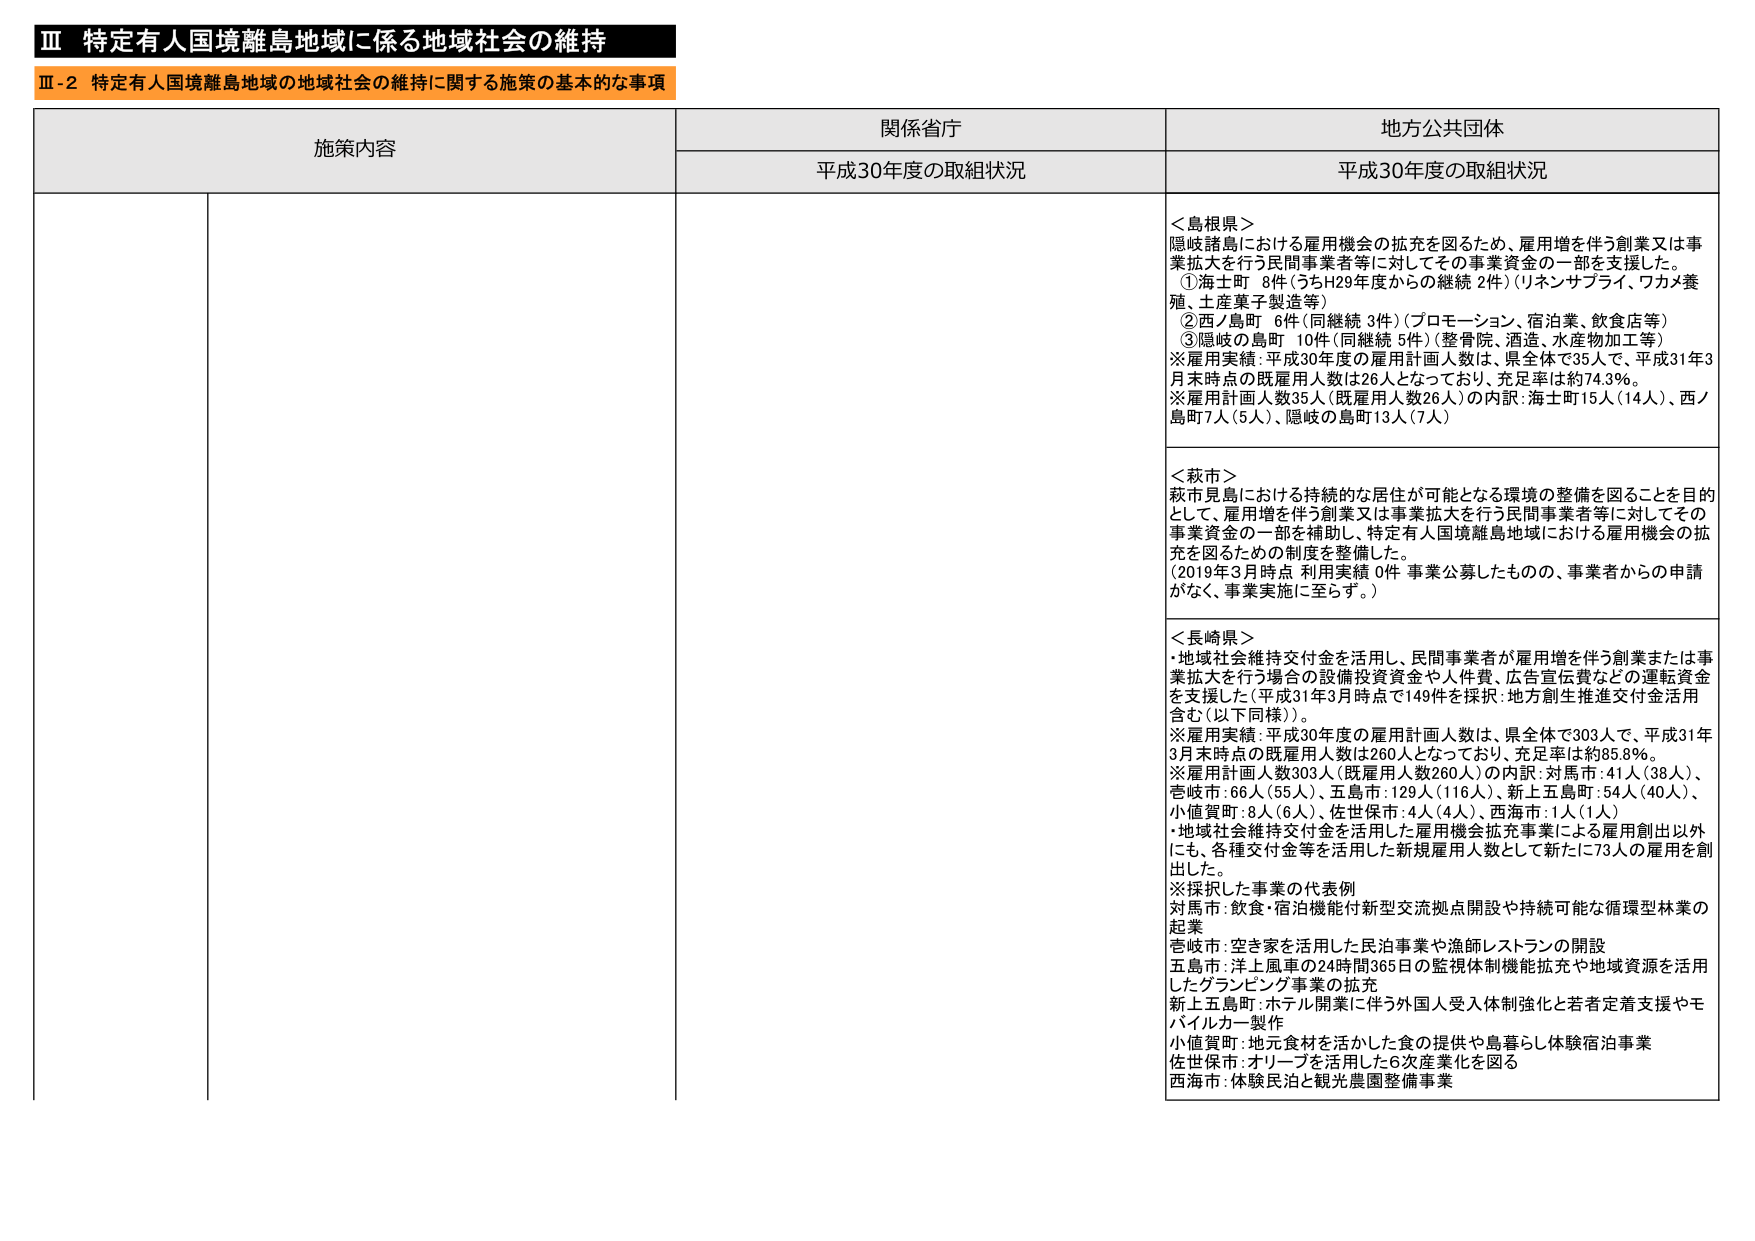
Ⅲ 特定有人国境離島地域に係る地域社会の維持
Ⅲ-2 特定有人国境離島地域の地域社会の維持に関する施策の基本的な事項

施策内容
関係省庁
地方公共団体

平成30年度の取組状況
平成30年度の取組状況

＜島根県＞
隠岐諸島における雇用機会の拡充を図るため、雇用増を伴う創業又は事業拡大を行う民間事業者等に対してその事業資金の一部を支援した。
①海士町 8件（うちH29年度からの継続2件）（リノンサプライ、ワカマ養殖、土産菓子製造等）
②西ノ島町 6件（同継続3件）（プロモーション、宿泊業、飲食店等）
③隠岐の島町 10件（同継続5件）（整骨院、酒造、水産物加工等）
※雇用実績：平成30年度の雇用計画人数は、県全体で35人で、平成31年3月末時点の既雇用人数は26人となっており、充足率は約74.3％。
※雇用計画人数35人（既雇用人数26人）の内訳：海士町15人（14人）、西ノ島町7人（5人）、隠岐の島町13人（7人）

＜萩市＞
萩市見島における持続的な居住が可能となる環境の整備を図ることを目的として、雇用増を伴う創業又は事業拡大を行う民間事業者等に対してその事業資金の一部を補助し、特定有人国境離島地域における雇用機会の拡充を図るための制度を整備した。
（2019年3月時点 利用実績0件 事業公募したもの、事業者からの申請がなく、事業実施に至らず。）

＜長崎県＞
・地域社会維持交付金を活用し、民間事業者が雇用増を伴う創業または事業拡大を行う場合の設備投資資金や人件費、広告宣伝費などの運転資金を支援した（平成31年3月時点で149件を採択：地方創生推進交付金活用含む（以下同様））。
※雇用実績：平成30年度の雇用計画人数は、県全体で303人で、平成31年3月末時点の既雇用人数は260人となっており、充足率は約85.8％。
※雇用計画人数303人（既雇用人数260人）の内訳：対馬市：41人（38人）、壱岐市：66人（55人）、五島市：129人（116人）、新上五島町：54人（40人）、小値賀町：8人（6人）、佐世保市：4人（4人）、西海市：1人（1人）
・地域社会維持交付金を活用した雇用機会拡充事業による雇用創出以外にも、各種交付金等を活用した新規雇用人数として新たに73人の雇用を創出した。
※採択した事業の代表例
対馬市：飲食・宿泊機能付新型交流拠点開設や持続可能な循環型林業の起業
壱岐市：空き家を活用した民泊事業や漁師レストランの開設
五島市：洋上風車の24時間365日の監視体制機能拡充や地域資源を活用したグランピング事業の拡充
新上五島町：ホテル開業に伴う外国人受入体制強化と若者定着支援やモバイルカーメーカー
小値賀町：地元食材を活かした食の提供や島暮らし体験宿泊事業
佐世保市：オリーブを活用した6次産業化を図る
西海市：体験民泊と観光農園整備事業